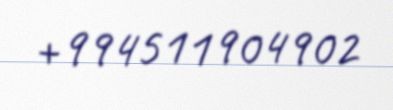
+994511904902